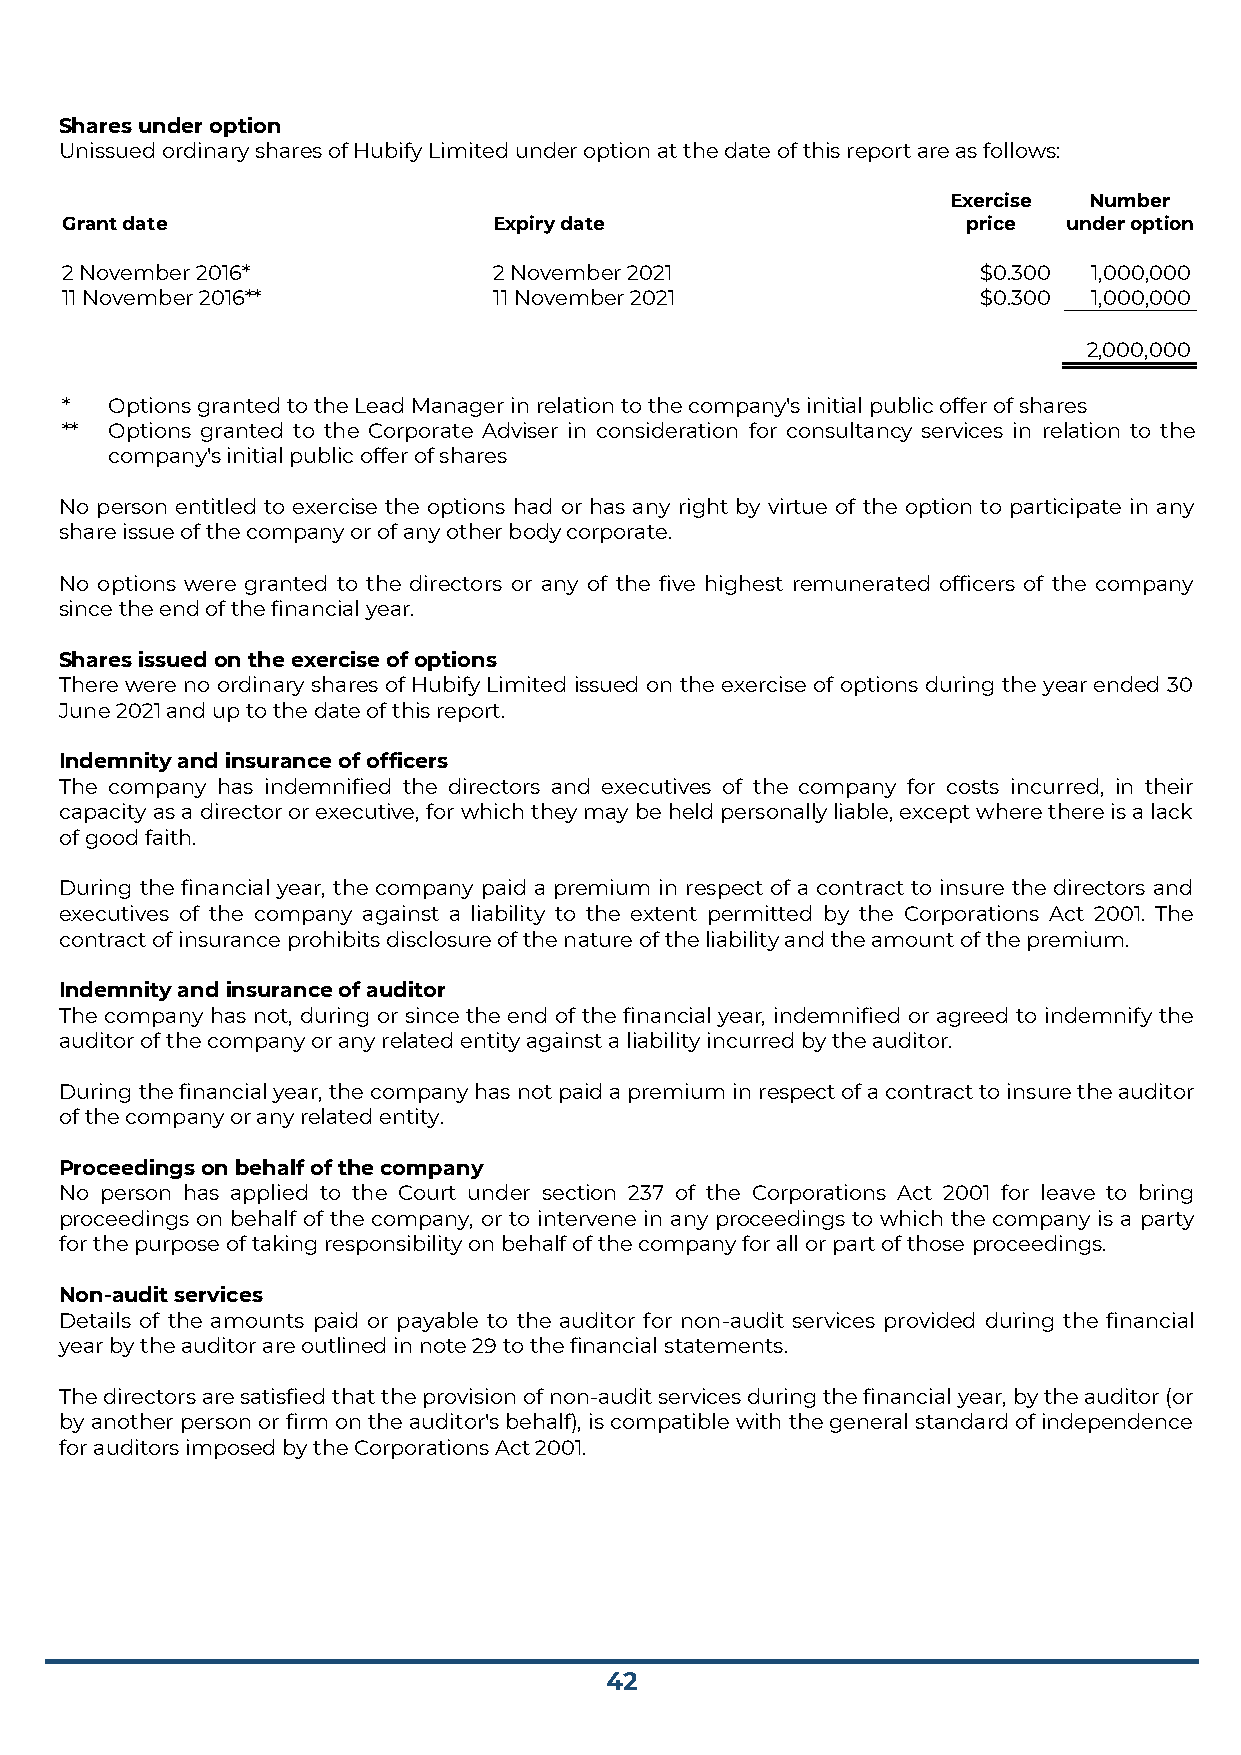
Shares under option
 Unissued ordinary shares of Hubify Limited under option at the date of this report are as follows:
 Exercise Number
 Grant date                   Expiry date                    price  under option
 2 November 2016*             2 November 2021                 $0.300 1,000,000
 11 November 2016**           11 November 2021                $0.300 1,000,000
 2,000,000
 *  Options granted to the Lead Manager in relation to the company's initial public offer of shares
 ** Options granted to the Corporate Adviser in consideration for consultancy services in relation to the
 company's initial public offer of shares
 No person entitled to exercise the options had or has any right by virtue of the option to participate in any
 share issue of the company or of any other body corporate.
 No options were granted to the directors or any of the five highest remunerated officers of the company
 since the end of the financial year.
 Shares issued on the exercise of options
 There were no ordinary shares of Hubify Limited issued on the exercise of options during the year ended 30
 June 2021 and up to the date of this report.
 Indemnity and insurance of officers
 The company has indemnified the directors and executives of the company for costs incurred, in their
 capacity as a director or executive, for which they may be held personally liable, except where there is a lack
 of good faith.
 During the financial year, the company paid a premium in respect of a contract to insure the directors and
 executives of the company against a liability to the extent permitted by the Corporations Act 2001. The
 contract of insurance prohibits disclosure of the nature of the liability and the amount of the premium.
 Indemnity and insurance of auditor
 The company has not, during or since the end of the financial year, indemnified or agreed to indemnify the
 auditor of the company or any related entity against a liability incurred by the auditor.
 During the financial year, the company has not paid a premium in respect of a contract to insure the auditor
 of the company or any related entity.
 Proceedings on behalf of the company
 No person has applied to the Court under section 237 of the Corporations Act 2001 for leave to bring
 proceedings on behalf of the company, or to intervene in any proceedings to which the company is a party
 for the purpose of taking responsibility on behalf of the company for all or part of those proceedings.
 Non-audit services
 Details of the amounts paid or payable to the auditor for non-audit services provided during the financial
 year by the auditor are outlined in note 29 to the financial statements.
 The directors are satisfied that the provision of non-audit services during the financial year, by the auditor (or
 by another person or firm on the auditor's behalf), is compatible with the general standard of independence
 for auditors imposed by the Corporations Act 2001.
 42